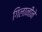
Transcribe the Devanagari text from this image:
गिलानीने